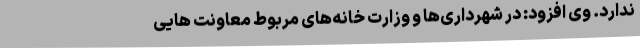
ندارد. وی افزود: در شهرداری‌ها و وزارت خانه‌های مربوط معاونت هایی